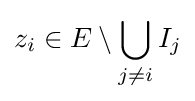
z_{i}\in E\setminus \bigcup _{j\neq i}I_{j}